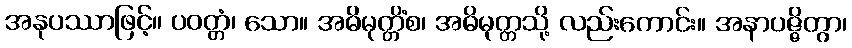
အနုပဿာဖြင့်။ ပဝတ္တံ၊ သော။ အဓိမုတ္တိံစ၊ အဓိမုတ္တသို့ လည်းကောင်း။ အနာပဇ္ဇိတွာ၊